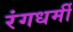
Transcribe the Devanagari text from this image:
रंगधर्मी